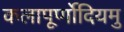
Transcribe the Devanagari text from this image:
कलापूर्णोदियमु